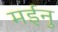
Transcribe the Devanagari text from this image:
मईनु